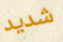
شديد